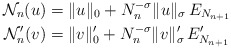
\begin{align*}\mathcal{N}_{n}(u) & =\Vert u\Vert_{0}+N_{n}^{-\sigma}\Vert u\Vert_{\sigma}\,E_{N_{n+1}}\\\mathcal{N}_{n}^{\prime}(v) & =\Vert v\Vert_{0}^{\prime}+N_{n}^{-\sigma}\Vert v\Vert_{\sigma}^{\prime}\,E_{N_{n+1}}^{\prime}\end{align*}